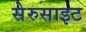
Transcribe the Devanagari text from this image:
सेरुसाइट